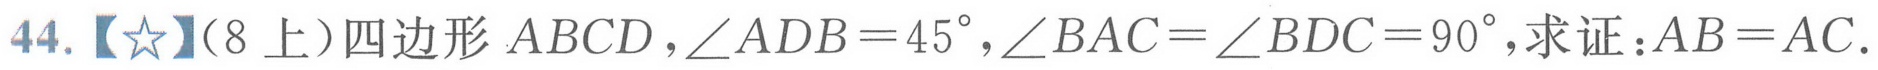
44.【☆】（8上）四边形$ABCD$，$\angle ADB = 45^{\circ}$，$\angle BAC=\angle BDC = 90^{\circ}$，求证：$AB = AC$.